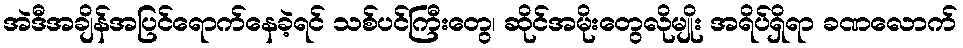
အဲဒီအချိန်အပြင်ရောက်နေခဲ့ရင် သစ်ပင်ကြီးတွေ၊ ဆိုင်အမိုးတွေလိုမျိုး အရိပ်ရှိရာ ခဏလောက်